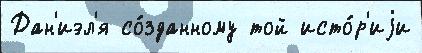
Дан'иэл'я со́зданному той исто́р'иjи